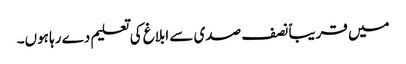
میں قریباً نصف صدی سے ابلاغ کی تعلیم دے رہا ہوں۔